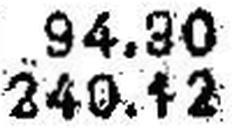
240.12